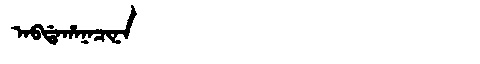
Manchu: ᠠᠪᡩᠠᡥᠠᠨᠠᠴᡳᠨᠠ
Romanization: ABDAHANACINA